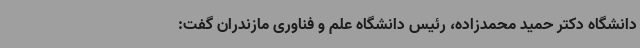
دانشگاه دکتر حمید محمدزاده، رئیس دانشگاه علم و فناوری مازندران گفت: